Leaving Certificate, 1888
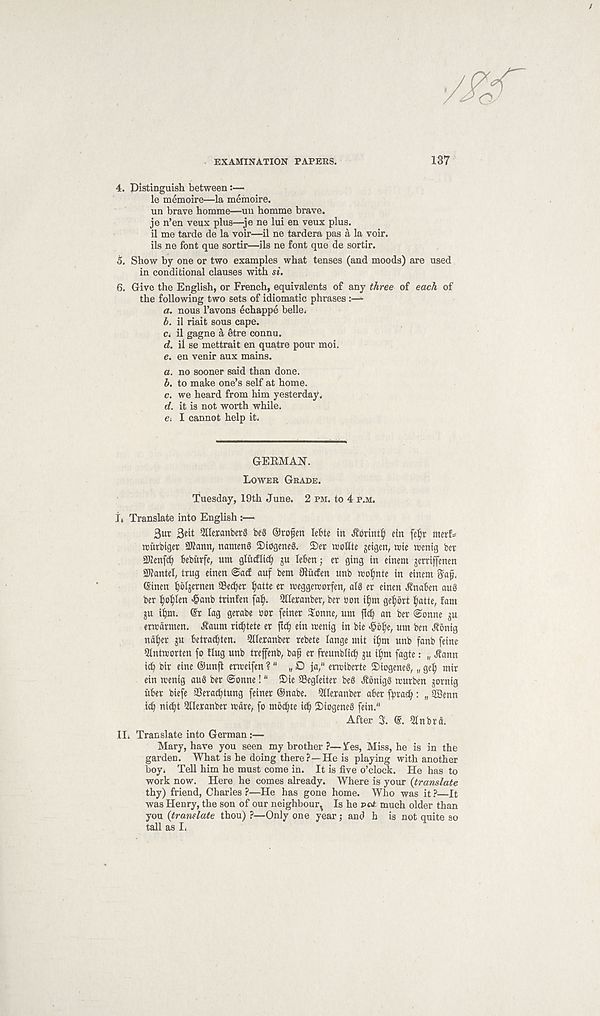
EXAMINATION PAPEES.
137
4. Distinguish between:—
le memoire—la memoire.
un brave homme—un homme brave.
je n’en veux plus—je ne lui en veux plus.
il me tarde de la voir—il ne tardera pas a la voir.
ils ne font que sortir—ils ne font que de sortir.
5. Show by one or two examples what tenses (and moods) are used
in conditional clauses with si.
6. Give the English, or French, equivalents of any three of each of
the following two sets of idiomatic phrases■
a. nous 1’avons echappe belle;
b. il riait sous cape.
Ci il gagne a etre connu.
d. il se mettrait en quatre pour moi.
e. en venir aux mains.
a. no sooner said than done.
b. to make one’s self at home.
c. we heard from him yesterday.
d. it is not worth while,
e; I cannot help it.
GERMAN.
LOWER GRADE.
Tuesday, 19th June. 2 PM. to 4 P.M.
I, Translate into English :—
3ut
51Ietanber0 beS ©tojjen lebte in .Sbrintty ein feljr metf=
njutbtger SKann, namcnS SDiogeneg. 2)er icoUte geigen, trie trenig bet
2Jienfcf) Beburfe, um glucflicfy ju leBen; et ging in einent jettiffenen
2Rantel, trug einen <$acf auf bem Oiucfen unb wo^nte in einetn
Ginen ^oijetnen Se^et I)atte er weggeworfen, a(g er einen Ji'naben aug
bet ^o^Ien «§anb ttinfen fa^. Qlletanber, bet bon i$m ge^brt Ijatte, fam
$u i^nt. @t lag gerabe bor feiner ^onne, um fic^ an bet Sonne ju
etwdrmen. ^aum ri^tete et ftc^ ein menig in bie >§bi;e, um ben Jionig
nd^er ju betrae^ten. 5lletanbet tebete lange mit il;m unb fanb feine
Qlntuorten fo Hug unb treffenb, baf er fteunbiid; ju ii)m fagte: „ Jiann
icb bit eine ©unfl etmeifen ?" „ O ja/‘ ermiberte 2)iogene§, „ gel; mit
ein wenig au8 bet Sonne! “ 5)ie SSegleiter beS Jlbnig§ mutben jornig
ilbet biefe 33erad;tung feinet ©nabe. QHetanber abet fptae^: „ SBenn
13) ni^t Qlletanbet mare, fo mbcbte id) SiogeneS fein. 11
After 3.
5lnbrd.
II. Translate into German :—
Mary, have you seen my brother ?— 5fes, Miss, he is in the
garden. What is he doing there?—He is playing with another
boy. Tell him he must come in. It is five o’clock. He has to
work now. Here he comes already. Where is your (translate
thy) friend, Charles ?—He has gone home. Who was it ?—It
was Henry, the son of our neighbour^ Is he pU much older than
you (translate thou) ?—Only one year; and b is not quite so
tall as I.